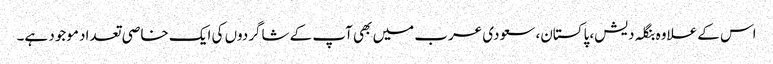
اس کے علاوہ بنگلہ دیش، پاکستان، سعودی عرب میں بھی آپ کے شاگردوں کی ایک خاصی تعداد موجود ہے۔